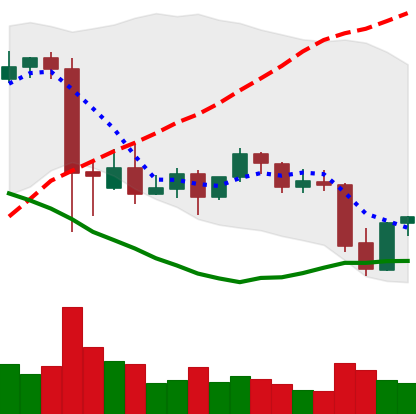
Ticker: BNB-USD
Chart end date: 2021-09-23
Forward return: -13.232%
Label: down_7plus